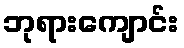
ဘုရားကျောင်း